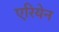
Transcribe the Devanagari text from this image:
एरियेन